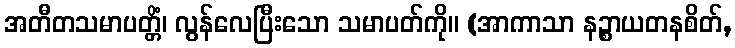
အတီတသမာပတ္တိံ၊ လွန်လေပြီးသော သမာပတ်ကို။ (အာကာသာ နဉ္စာယတနစိတ်,